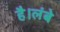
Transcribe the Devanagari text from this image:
है।लंबे